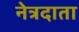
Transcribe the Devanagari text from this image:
नेत्रदाता